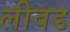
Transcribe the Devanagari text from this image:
लीवड